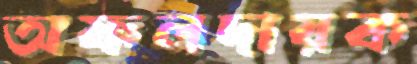
অফলদায়ক